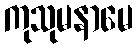
ကုသုမနာမေ